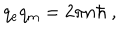
q _ { \mathrm { e } } q _ { \mathrm { m } } = 2 \pi n \hbar \ ,